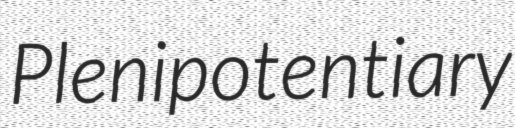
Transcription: Plenipotentiary